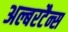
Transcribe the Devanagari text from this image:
अल्बरटैन्स